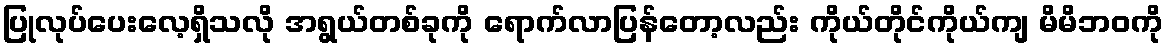
ပြုလုပ်ပေးလေ့ရှိသလို အရွယ်တစ်ခုကို ရောက်လာပြန်တော့လည်း ကိုယ်တိုင်ကိုယ်ကျ မိမိဘဝကို